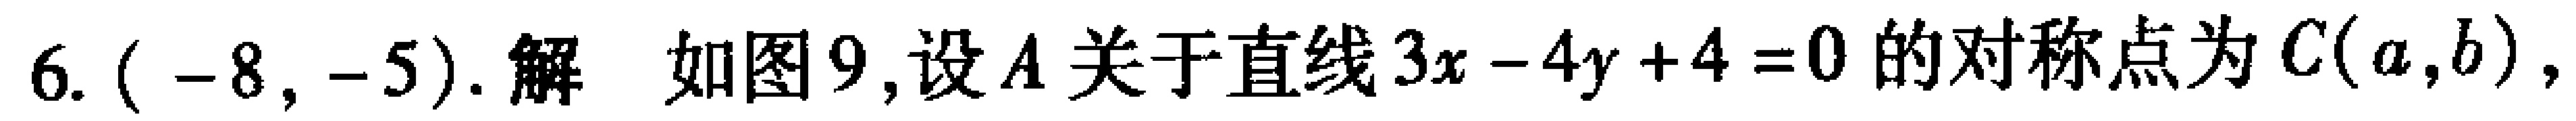
6. \((-8,-5)\). 解 如图9,设\(A\)关于直线\(3x - 4y + 4 = 0\)的对称点为\(C(a,b)\),